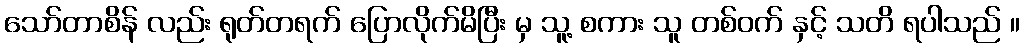
သော်တာစိန် လည်း ရုတ်တရက် ပြောလိုက်မိပြီး မှ သူ့ စကား သူ တစ်ဝက် နှင့် သတိ ရပါသည် ။